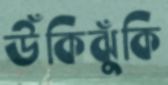
উঁকিঝুঁকি